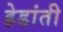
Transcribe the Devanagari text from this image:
हेडांती